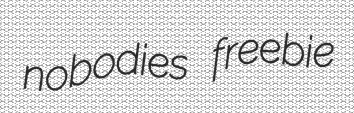
nobodies freebie